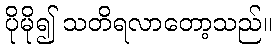
ပိုမို၍ သတိရလာတော့သည်။